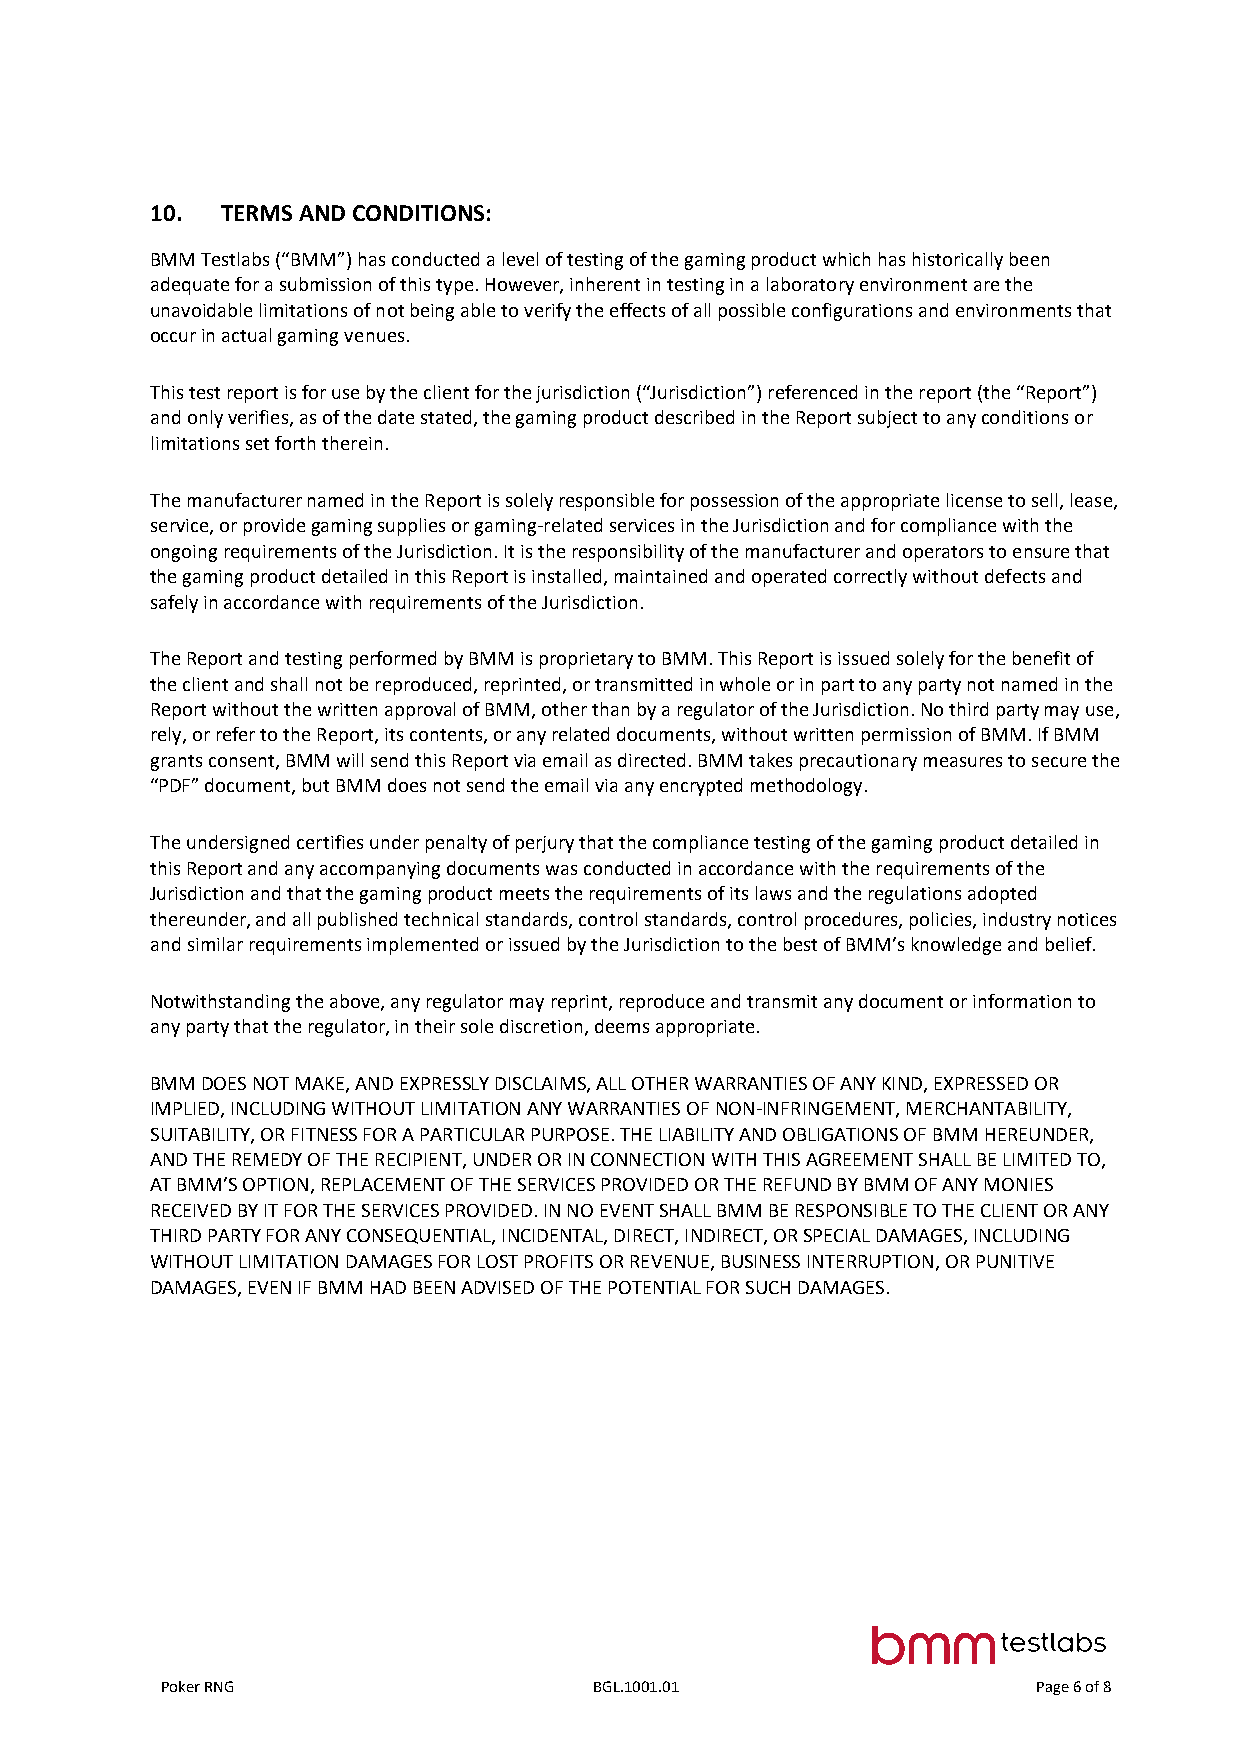
10.  TERMS AND CONDITIONS:
 BMM Testlabs (“BMM”) has conducted a level of testing of the gaming product which has historically been
 adequate for a submission of this type. However, inherent in testing in a laboratory environment are the
 unavoidable limitations of not being able to verify the effects of all possible configurations and environments that
 occur in actual gaming venues.
 This test report is for use by the client for the jurisdiction (“Jurisdiction”) referenced in the report (the “Report”)
 and only verifies, as of the date stated, the gaming product described in the Report subject to any conditions or
 limitations set forth therein.
 The manufacturer named in the Report is solely responsible for possession of the appropriate license to sell, lease,
 service, or provide gaming supplies or gaming-related services in the Jurisdiction and for compliance with the
 ongoing requirements of the Jurisdiction. It is the responsibility of the manufacturer and operators to ensure that
 the gaming product detailed in this Report is installed, maintained and operated correctly without defects and
 safely in accordance with requirements of the Jurisdiction.
 The Report and testing performed by BMM is proprietary to BMM. This Report is issued solely for the benefit of
 the client and shall not be reproduced, reprinted, or transmitted in whole or in part to any party not named in the
 Report without the written approval of BMM, other than by a regulator of the Jurisdiction. No third party may use,
 rely, or refer to the Report, its contents, or any related documents, without written permission of BMM. If BMM
 grants consent, BMM will send this Report via email as directed. BMM takes precautionary measures to secure the
 “PDF” document, but BMM does not send the email via any encrypted methodology.
 The undersigned certifies under penalty of perjury that the compliance testing of the gaming product detailed in
 this Report and any accompanying documents was conducted in accordance with the requirements of the
 Jurisdiction and that the gaming product meets the requirements of its laws and the regulations adopted
 thereunder, and all published technical standards, control standards, control procedures, policies, industry notices
 and similar requirements implemented or issued by the Jurisdiction to the best of BMM’s knowledge and belief.
 Notwithstanding the above, any regulator may reprint, reproduce and transmit any document or information to
 any party that the regulator, in their sole discretion, deems appropriate.
 BMM DOES NOT MAKE, AND EXPRESSLY DISCLAIMS, ALL OTHER WARRANTIES OF ANY KIND, EXPRESSED OR
 IMPLIED, INCLUDING WITHOUT LIMITATION ANY WARRANTIES OF NON-INFRINGEMENT, MERCHANTABILITY,
 SUITABILITY, OR FITNESS FOR A PARTICULAR PURPOSE. THE LIABILITY AND OBLIGATIONS OF BMM HEREUNDER,
 AND THE REMEDY OF THE RECIPIENT, UNDER OR IN CONNECTION WITH THIS AGREEMENT SHALL BE LIMITED TO,
 AT BMM’S OPTION, REPLACEMENT OF THE SERVICES PROVIDED OR THE REFUND BY BMM OF ANY MONIES
 RECEIVED BY IT FOR THE SERVICES PROVIDED. IN NO EVENT SHALL BMM BE RESPONSIBLE TO THE CLIENT OR ANY
 THIRD PARTY FOR ANY CONSEQUENTIAL, INCIDENTAL, DIRECT, INDIRECT, OR SPECIAL DAMAGES, INCLUDING
 WITHOUT LIMITATION DAMAGES FOR LOST PROFITS OR REVENUE, BUSINESS INTERRUPTION, OR PUNITIVE
 DAMAGES, EVEN IF BMM HAD BEEN ADVISED OF THE POTENTIAL FOR SUCH DAMAGES.
 Poker RNG                   BGL.1001.01                   Page 6 of 8